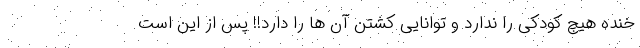
خنده هیچ کودکی را ندارد و توانایی کشتن آن ها را دارد!! پس از این است